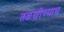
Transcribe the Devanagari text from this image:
तळणीच्याच